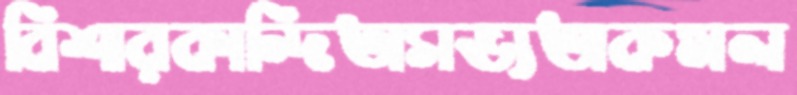
বিশারকান্দিঅসভ্যতাকমল